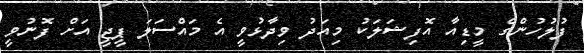
ފުލުހުންގެ މީޑިއާ އޮފިޝަލަކު މިއަދު ވިދާޅުވީ އެ މައްސަލަ ޕީޖީ އަށް ފޮނުވީ